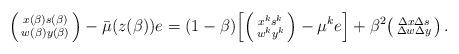
LaTeX: \begin{align*}\begin{psmallmatrix}x(\beta) s(\beta) \\w(\beta) y(\beta)\end{psmallmatrix} - \bar \mu(z(\beta)) e = (1 - \beta) \Bigl[\begin{psmallmatrix} x^k s^k \\w^k y^k\end{psmallmatrix}- \mu^k e \Bigr]+ \beta^2 \begin{psmallmatrix}\Delta x \Delta s \\\Delta w \Delta y\end{psmallmatrix} \, .\end{align*}